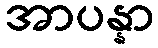
အာပန္နာ